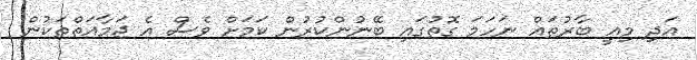
އަދި މިއީ ބާރުތައް ނަހަމަ ގޮތުގައި ބޭނުންކުރުން ކަމަށް ވެސް އެ ޖަމާއަތްތަކުން